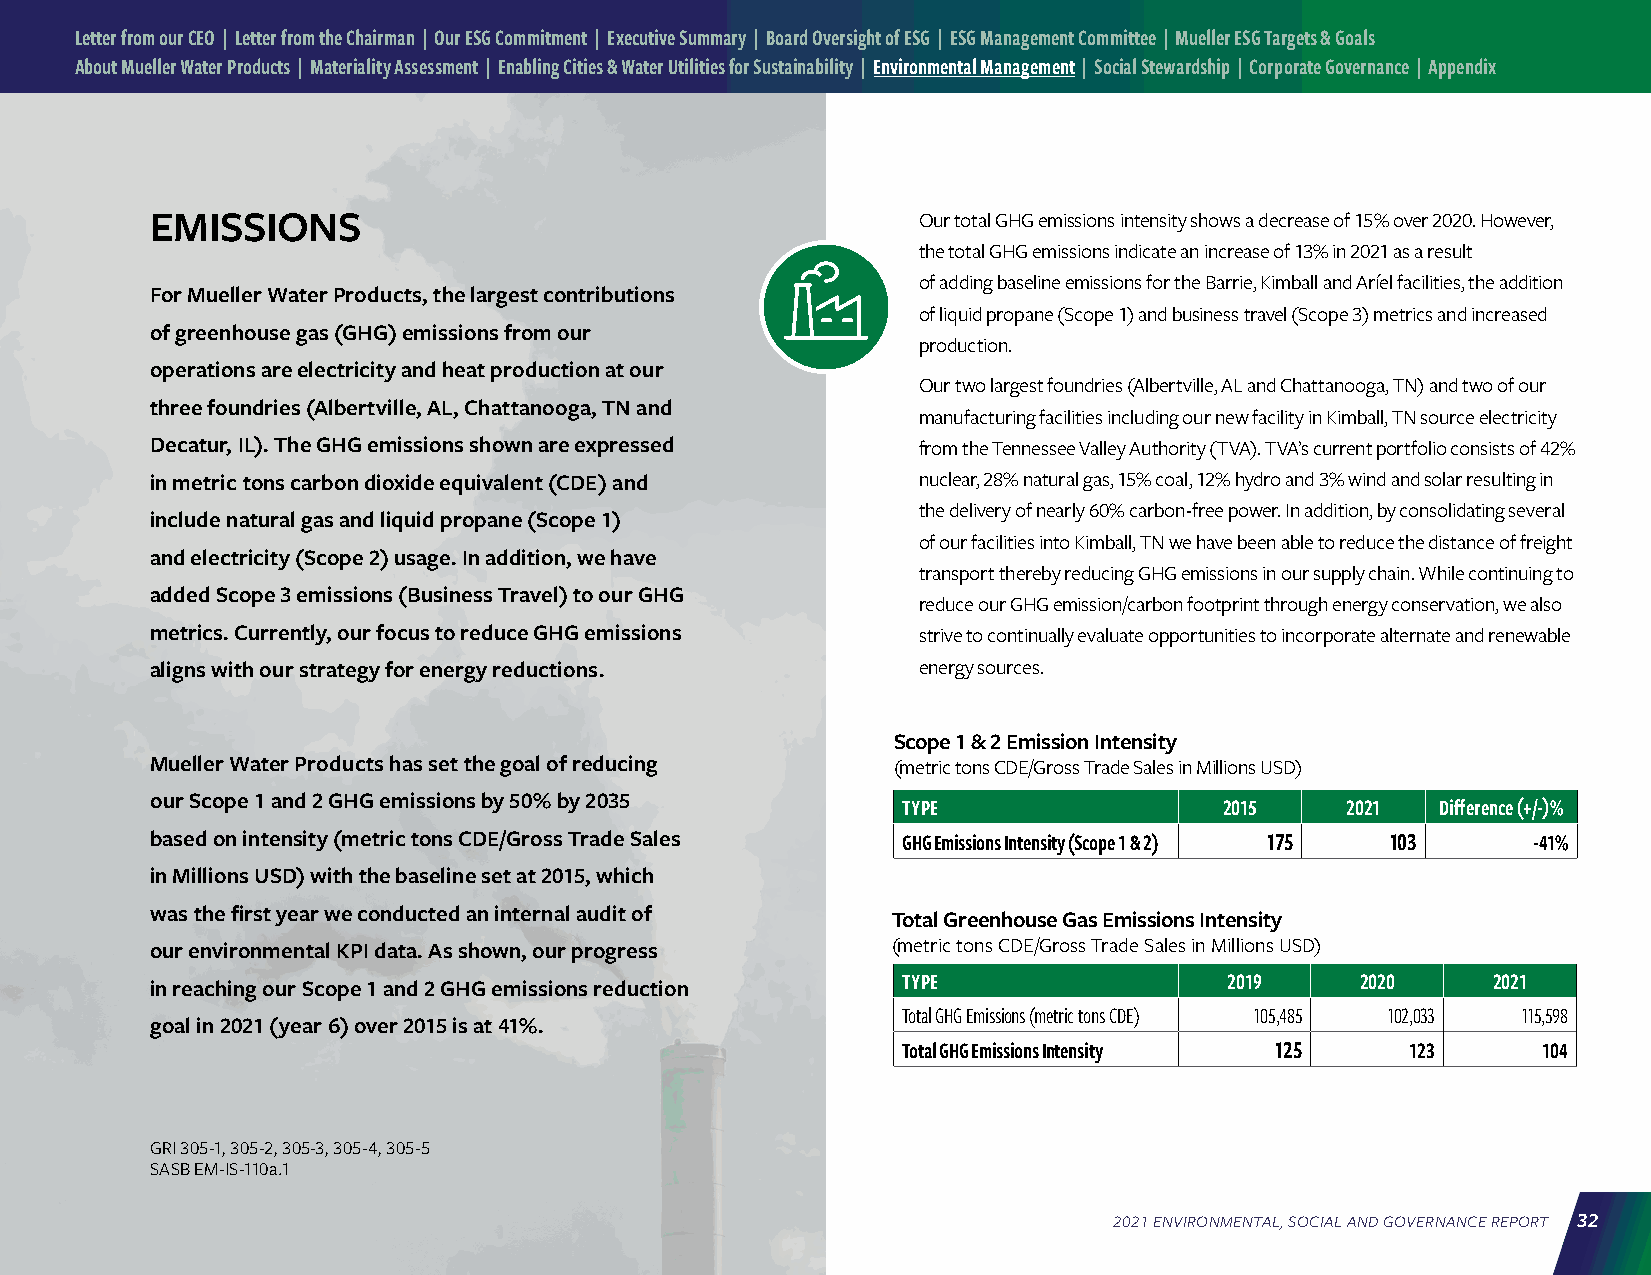
Letter from our CEO | Letter from the Chairman | Our ESG Commitment | Executive Summary | Board Oversight of ESG | ESG Management Committee | Mueller ESG Targets & Goals
 About Mueller Water Products | Materiality Assessment | Enabling Cities & Water Utilities for Sustainability | Environmental Management | Social Stewardship | Corporate Governance | Appendix
 EMISSIONS                                          Our total GHG emissions intensity shows a decrease of 15% over 2020. However,
 the total GHG emissions indicate an increase of 13% in 2021 as a result
 of adding baseline emissions for the Barrie, Kimball and Aríel facilities, the addition
 For Mueller Water Products, the largest contributions
 of liquid propane (Scope 1) and business travel (Scope 3) metrics and increased
 of greenhouse gas (GHG) emissions from our
 production.
 operations are electricity and heat production at our
 Our two largest foundries (Albertville, AL and Chattanooga, TN) and two of our
 three foundries (Albertville, AL, Chattanooga, TN and
 manufacturing facilities including our new facility in Kimball, TN source electricity
 Decatur, IL). The GHG emissions shown are expressed from the Tennessee Valley Authority (TVA). TVA’s current portfolio consists of 42%
 in metric tons carbon dioxide equivalent (CDE) and nuclear, 28% natural gas, 15% coal, 12% hydro and 3% wind and solar resulting in
 the delivery of nearly 60% carbon-free power. In addition, by consolidating several
 include natural gas and liquid propane (Scope 1)
 of our facilities into Kimball, TN we have been able to reduce the distance of freight
 and electricity (Scope 2) usage. In addition, we have
 transport thereby reducing GHG emissions in our supply chain. While continuing to
 added Scope 3 emissions (Business Travel) to our GHG
 reduce our GHG emission/carbon footprint through energy conservation, we also
 metrics. Currently, our focus to reduce GHG emissions strive to continually evaluate opportunities to incorporate alternate and renewable
 aligns with our strategy for energy reductions.    energy sources.
 Scope 1 & 2 Emission Intensity
 Mueller Water Products has set the goal of reducing (metric tons CDE/Gross Trade Sales in Millions USD)
 our Scope 1 and 2 GHG emissions by 50% by 2035
 TYPE                 2015    2021  Difference (+/-)%
 based on intensity (metric tons CDE/Gross Trade Sales GHG Emissions Intensity (Scope 1 & 2) 175 103 -41%
 in Millions USD) with the baseline set at 2015, which
 was the first year we conducted an internal audit of Total Greenhouse Gas Emissions Intensity
 our environmental KPI data. As shown, our progress (metric tons CDE/Gross Trade Sales in Millions USD)
 TYPE                 2019     2020     2021
 in reaching our Scope 1 and 2 GHG emissions reduction
 Total GHG Emissions (metric tons CDE) 105,485 102,033 115,598
 goal in 2021 (year 6) over 2015 is at 41%.
 Total GHG Emissions Intensity 125 123     104
 GRI 305-1, 305-2, 305-3, 305-4, 305-5
 SASB EM-IS-110a.1
 2021 ENVIRONMENTAL, SOCIAL AND GOVERNANCE REPORT 32